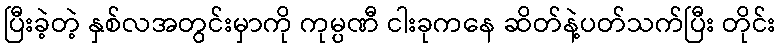
ပြီးခဲ့တဲ့ နှစ်လအတွင်းမှာကို ကုမ္ပဏီ ငါးခုကနေ ဆိတ်နဲ့ပတ်သက်ပြီး တိုင်း